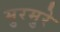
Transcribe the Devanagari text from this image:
मुरमुरे